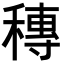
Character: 𥡵